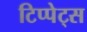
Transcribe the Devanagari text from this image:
टिप्‍पेट्स